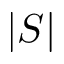
| S |